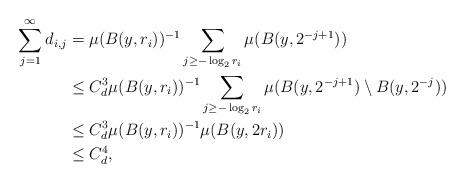
LaTeX: \begin{align*}\sum_{j=1}^{\infty}d_{i,j}&=\mu(B(y,r_i))^{-1} \sum_{j\ge -\log_2 r_i} \mu(B(y,2^{-j+1}))\\&\le C_d^3\mu(B(y,r_i))^{-1} \sum_{j\ge -\log_2 r_i} \mu({B(y,2^{-j+1})\setminus B(y, 2^{-j})})\\&\le C_d^3\mu(B(y,r_i))^{-1} \mu(B(y,2r_i))\\&\le C_d^4,\end{align*}